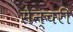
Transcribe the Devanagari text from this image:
सेन्चरी